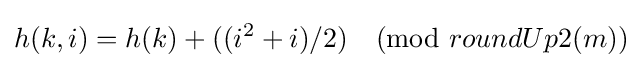
h(k,i)=h(k)+((i^{2}+i)/2){\pmod {roundUp2(m)}}